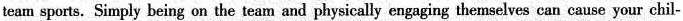
team sports.Simply being on the team and physically engaging themselves can cause your chil-